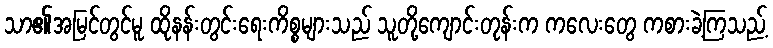
သာ၏အမြင်တွင်မူ ထိုနန်းတွင်းရေးကိစ္စများသည် သူတို့ကျောင်းတုန်းက ကလေးတွေ ကစားခဲ့ကြသည့်